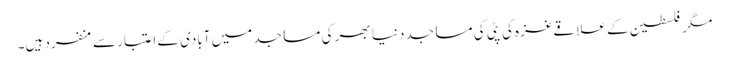
مگر فلسطین کے علاقےغزہ کی پٹی کی مساجد دنیا بھر کی مساجد میں آبادی کے اعتبار سے منفرد ہیں۔